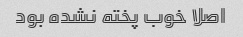
اصلا خوب پخته نشده بود